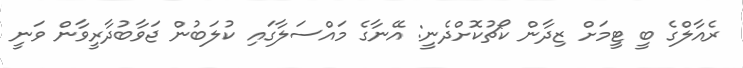
ރެއާލްގެ ބީ ޓީމަށް ޒިދާން ކޯޗުކޮށްދެނީ: އޭނާގެ މައްސަލާގައި ކުލަބުން ޖަވާބުދާރީވާން ވަނީ